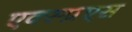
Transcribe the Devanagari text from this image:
एक्स्प्रएस